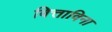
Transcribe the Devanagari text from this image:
वित्ताविना